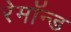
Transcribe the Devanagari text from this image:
रेमॉन्ड